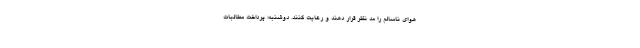
هوای ناسالم را مد نظر قرار دهند و رعایت کنند. دوشنبه؛ پرداخت مطالبات